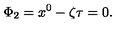
\Phi _ { 2 } = x ^ { 0 } - \zeta \tau = 0 .